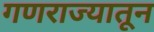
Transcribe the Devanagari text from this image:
गणराज्यातून